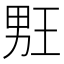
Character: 𰣉